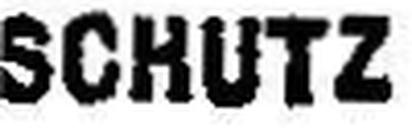
SCHUTZ